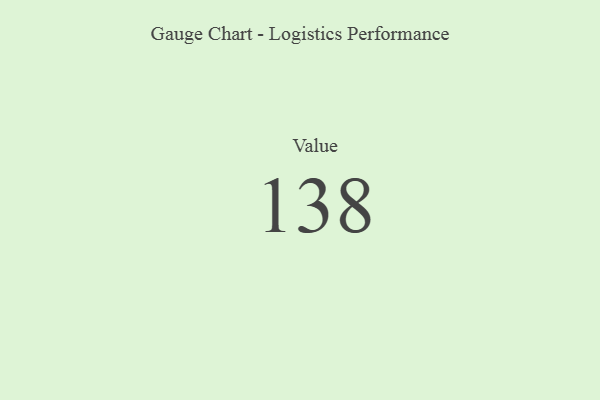
{"axis": {"x": "Metric", "y": "Value"}, "legend": [""], "data": [{"x": "Value", "y": 138, "type": ""}]}